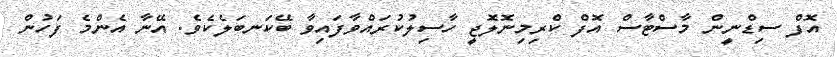
އޮފް ސިޑްނީން މާސްޓާސް އޮފް ކްރިމިނޮލޮޖީ ހާސިލުކުރައްވާފައިވާ ބޭކަނބަލެކެވެ. އޭނާ އެންމެ ފަހުން